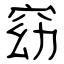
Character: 窈